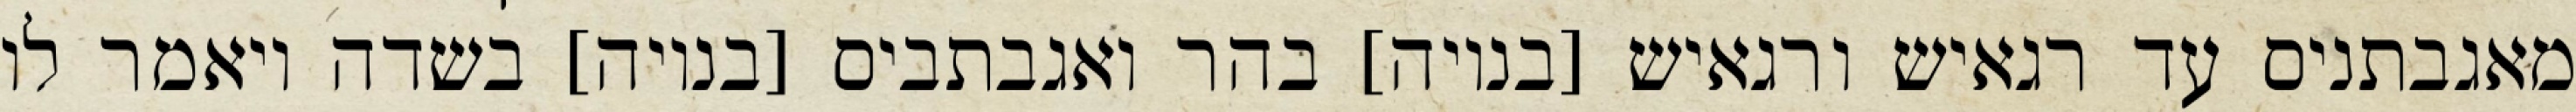
מאגבתניס עד רגאיש ורגאיש [בנויה] בהר ואגבתביס [בנויה] בשדה ויאמר לו